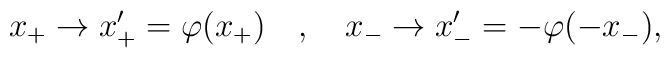
x_+ \to x_+' = \varphi(x_+) \quad , \quad x_- \to x_-' = -\varphi(-x_-),